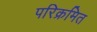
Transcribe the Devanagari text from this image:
परिक्रमित